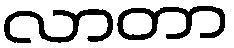
လာတာ